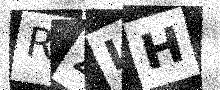
Text: RZLH